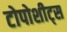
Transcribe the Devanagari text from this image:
टोपोशीट्स